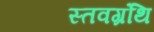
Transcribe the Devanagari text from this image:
स्तवग्रंथि